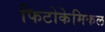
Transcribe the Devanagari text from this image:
फिटोकेमिकल